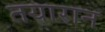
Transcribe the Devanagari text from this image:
तयारान